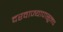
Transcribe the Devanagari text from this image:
दरवाज्यापासूनच